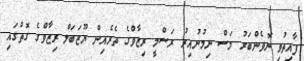
ފާއިތުވި ނޮވެންބަރު މަސް ނިމުނުއިރު ރަސްމީ ރިޒާވްގެ ތެރެއިން ޔޫޒަބަލް ރިޒާވްގެ ގޮތުގައި